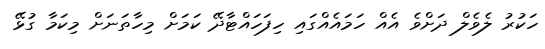
ހަކުރު ލެވެލް ދަށްވެ އެއް ހަމައެއްގައި ހިފަހައްޓާދޭ ކަމަށް މިހާތަނަށް މިކަމާ ގުޅޭ